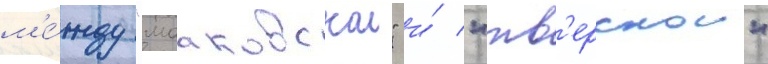
м'е́жду "мааковскои" и́ "тв'ерскои"